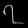
Digit: ၇